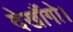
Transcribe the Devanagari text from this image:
देखौंगो।